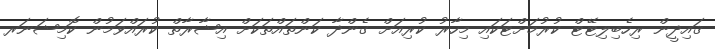
ޤައިދީން ރިހެބިލިޓޭޓް ކުރުމަށްޓަކައި މިހާރު ކުރިއަށް ގެންދާ ކަންތައްތަކަށް އިޝާރާތް ކުރައްވަމުން ކޮމިޝަނަރ